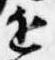
近